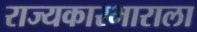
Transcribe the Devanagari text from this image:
राज्यकारभाराला